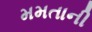
મમતાની